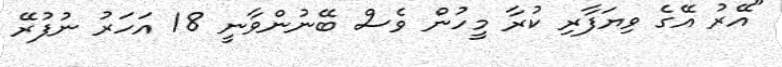
"އޭރު އޭގެ ވިޔަފާރި ކުރާ މީހުން ވެސް ބޭނުންވާނީ 18 އަހަރު ނުފުރޭ